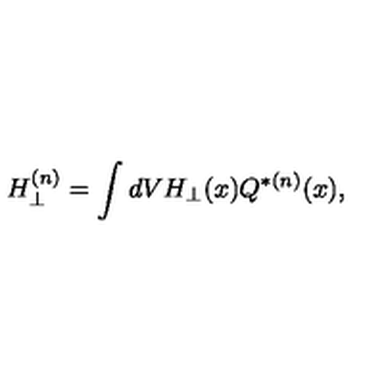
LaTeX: H _ { \perp } ^ { ( n ) } = \int d V H _ { \perp } ( x ) Q ^ { * ( n ) } ( x ) ,